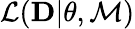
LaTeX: {\cal L}({\mathbf D}|{\mathbf\theta},{\cal M})